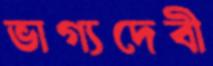
ভাগ্যদেবী